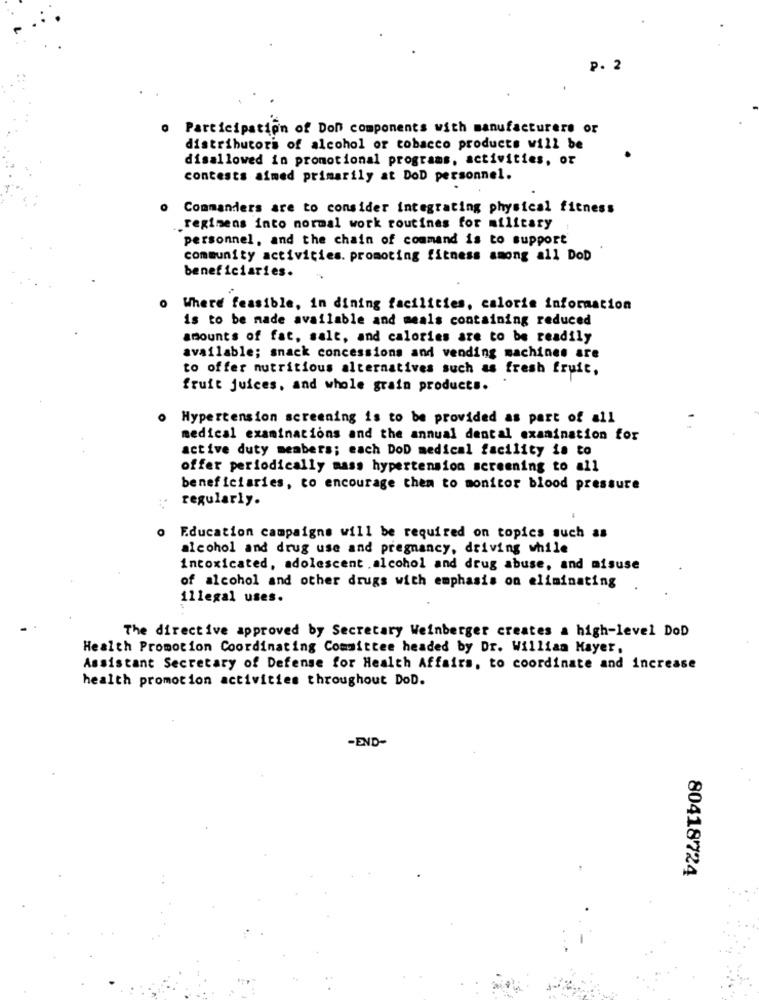
P. 2
Participation of Don components with manufacturers or
distributori of alcohol or tobacco products will be
disallowed in promotional programs, activities, or
contests aimed primarily at DoD personnel.
Commanders are to consider integrating physical fitness
.regimens into normal work routines for military
personnel, and the chain of command is to support
community activities. promoting fitness among all DoD
beneficiaries.
0 Where feasible, in dining facilities, calorie information
is to be made available and meals containing reduced
amounts of fat, salt, and calories are to be readily
available; snack concessions and vending machines are
to offer nutritious alternatives such as fresh fruit,
fruit juices, and whole grain products.
Hypertension screening is to be provided as part of all
medical examinations and the annual dental examination for
active duty members; each DoD medical facility is to
offer periodically mass hypertension screening to all
beneficiaries, to encourage them to monitor blood pressure
regularly.
o Education campaigns will be required on topics such as
alcohol and drug use and pregnancy, driving while
intoxicated, adolescent .alcohol and drug abuse, and misuse
of alcohol and other drugs with emphasis on eliminating
illegal uses.
The directive approved by Secretary Weinberger creates a high-level DoD
Health Promotion Coordinating Committee headed by Dr. William Mayer.
Assistant Secretary of Defense for Health Affairs, to coordinate and increase
health promotion activities throughout DoD.
-END-
80418724